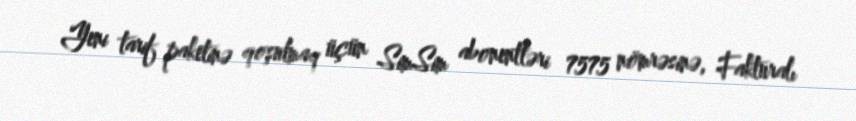
Yeni tarif paketinə qoşulmaq üçün SimSim abonentləri 7575 nömrəsinə, Fakturalı